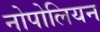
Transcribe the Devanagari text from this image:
नोपोलियन